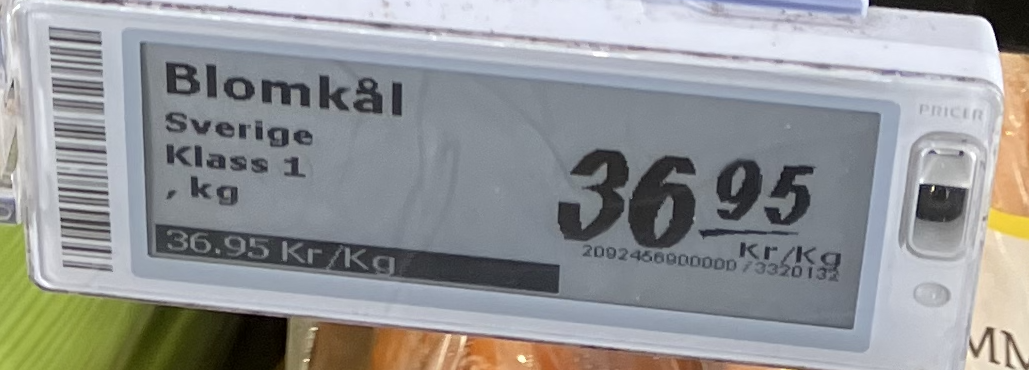
Vara: Blomkål
Genomsnittspris: 36.95 per kg